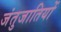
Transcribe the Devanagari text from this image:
जंतुजातियों